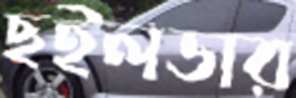
ছইলডার